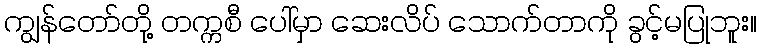
ကျွန်တော်တို့ တက္ကစီ ပေါ်မှာ ဆေးလိပ် သောက်တာကို ခွင့်မပြုဘူး။